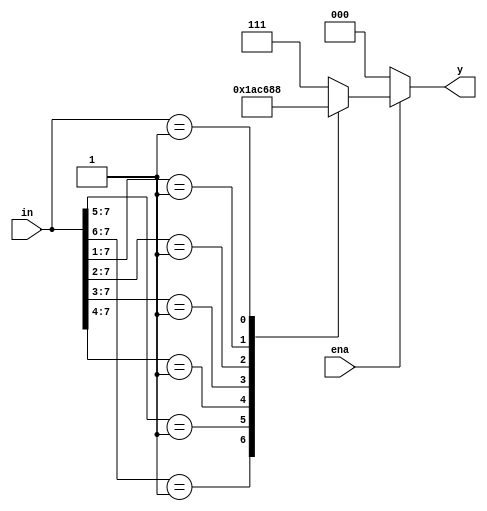
module Priority_encoder(
  input [7:0]in,
  input ena,
  output reg [2:0]y);
  always@(*) begin
    if(ena == 1'b0)
      y = 3'd0;
    else
      begin
        casex(in)
      8'b1xxxxxxx:y = 3'd7;
      8'b01xxxxxx:y = 3'd6;
      8'b001xxxxx:y = 3'd5;
      8'b0001xxxx:y = 3'd4;
      8'b00001xxx:y = 3'd3;
      8'b000001xx:y = 3'd2;
      8'b0000001x:y = 3'd1;
      8'b00000001:y = 3'd0;
      default:y = 3'd7;
    endcase
    
      end
  end
endmodule